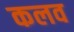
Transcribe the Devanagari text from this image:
कलव